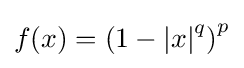
f(x)=\left(1-\left\vert x\right\vert ^{q}\right)^{p}